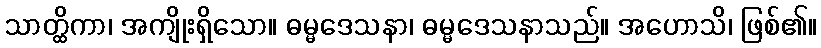
သာတ္ထိကာ၊ အကျိုးရှိသော။ ဓမ္မဒေသနာ၊ ဓမ္မဒေသနာသည်။ အဟောသိ၊ ဖြစ်၏။